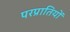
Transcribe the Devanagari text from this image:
परप्रातियों